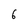
Character: 6